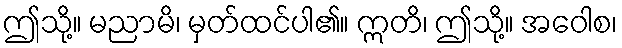
ဤသို့။ မညာမိ၊ မှတ်ထင်ပါ၏။ ဣတိ၊ ဤသို့။ အဝေါစ၊